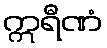
ဣရီဏံ